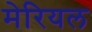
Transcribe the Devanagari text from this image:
मेरियल